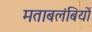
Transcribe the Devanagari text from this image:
मताबलंबियों